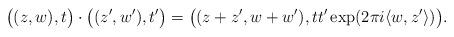
LaTeX: \begin{align*} \big((z,w),t\big)\cdot\big((z',w'),t'\big)= \big((z+z',w+ w'),tt'\exp(2\pi i \langle w,z'\rangle )\big). \end{align*}